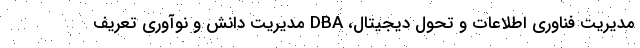
مدیریت فناوری اطلاعات و تحول دیجیتال، DBA مديريت دانش و نوآوري تعریف